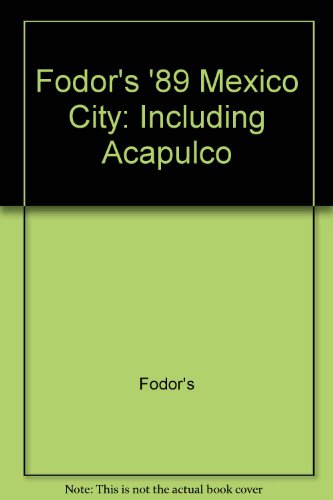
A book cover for Fodors-Mex.cty'89; Fodor's; Travel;